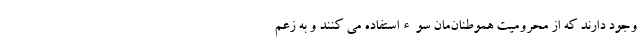
وجود دارند که از محرومیت هموطنان‌مان سوءاستفاده می کنند و به زعم